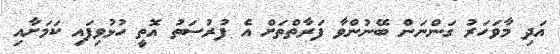
އަދި މާވަހަރު ގަންނަން ބޭނުންވާ ފަރާތްތަށް އެ ފުރުސަތު އޮތީ ހުޅުވިފައި ކަމަށާއި